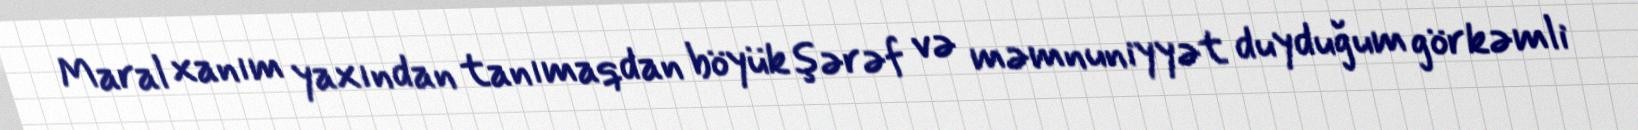
Maral xanım yaxından tanımaqdan böyük şərəf və məmnuniyyət duyduğum görkəmli